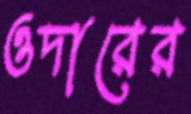
ওদারের